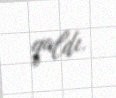
qaldı.